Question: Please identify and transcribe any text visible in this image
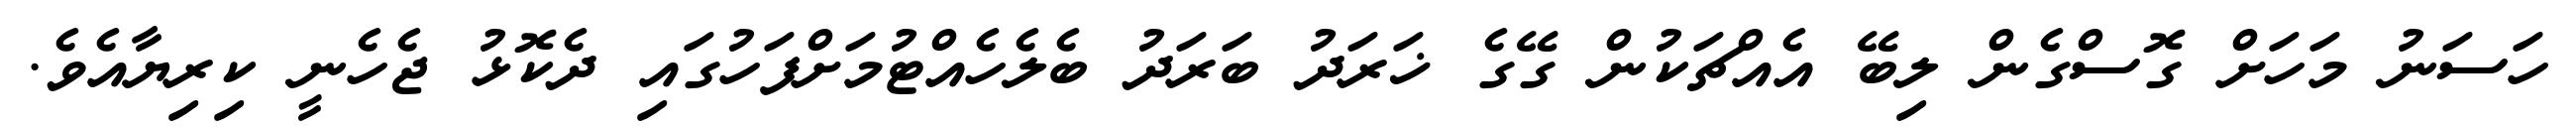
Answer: ހަސަނު މަހަށް ގޮސްގެން ލިބޭ އެއްޗަކުން ގޭގެ ޚަރަދު ބަރަދު ބެލެހެއްޓުމަށްފަހުގައި ދެކޮޅު ޖެހެނީ ކިރިޔާއެވެ.